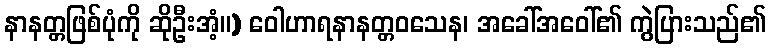
နာနတ္တဖြစ်ပုံကို ဆိုဦးအံ့။) ဝေါဟာရနာနတ္တဝသေန၊ အခေါ်အဝေါ်၏ ကွဲပြားသည်၏